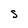
Character: S